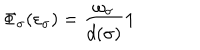
LaTeX: \Phi _ { \sigma } ( \varepsilon _ { \sigma } ) = \frac { \omega _ { \sigma } } { d ( \sigma ) } { \bf 1 }